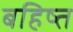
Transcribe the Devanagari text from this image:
बहिष्त